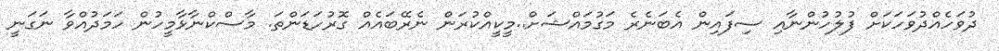
ދުވަހެއްދުވަހަކަށް ފުލުހުންނާއި ސިފައިން އެބަނެރެ މަގުމައްޝަށް..މީކީއްކުރަން ނެރޭބައެއް ގޮރުހަޑަންތަ. މާސްކްނާޅާމީހުން ހަމަދުއްވާ ނަގަނީ